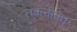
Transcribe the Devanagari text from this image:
तकनीक।